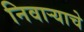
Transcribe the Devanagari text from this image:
निवाऱ्याचे